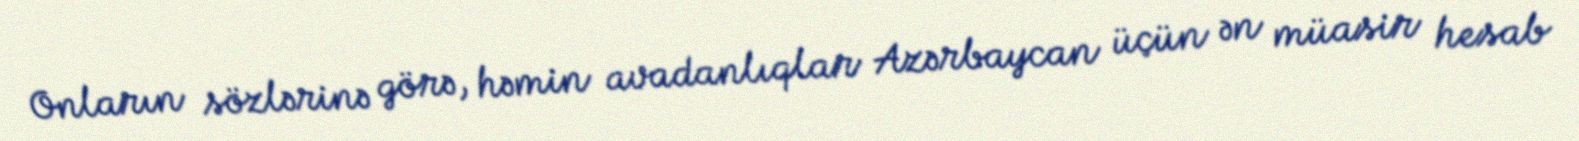
Onların sözlərinə görə, həmin avadanlıqlar Azərbaycan üçün ən müasir hesab